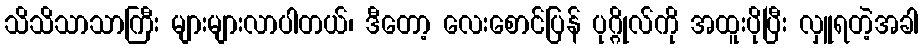
သိသိသာသာကြီး များများလာပါတယ်၊ ဒီတော့ လေးစောင်ပြန် ပုဂ္ဂိုလ်ကို အထူးပိုပြီး လှူရတဲ့အခါ